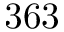
3 6 3